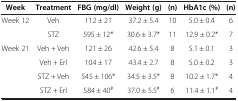
| Week | Treatment | FBG (mg/dl) | Weight (g) | (n) | HbA1c (%) | (n) |
 | --- | --- | --- | --- | --- | --- | --- |
 | <ROWSPAN=2> Week 12 | Veh | 112 ± 21 | 37.2 ± 5.4 | 10 | 5.0 ± 0.4 | 6 |
 | STZ | 595 ± 12* | 30.6 ± 3.7* | 11 | 12.9 ± 0.2* | 7 |
 | <ROWSPAN=3> Week 21 | Veh + Veh | 121 ± 26 | 42.6 ± 5.4 | 8 | 5.1 ± 0.1 | 3 |
 | Veh + Erl | 104 ± 17 | 43.4 ± 2.7 | 8 | 5.0 ± 0.2 | 3 |
 | STZ + Veh | 545 ± 106* | 34.5 ± 3.5* | 8 | 10.2 ± 1.7* | 4 |
 |  | STZ + Erl | 584 ± 40# | 37.0 ± 5.5# | 6 | 11.4 ± 1.1# | 4 |